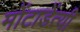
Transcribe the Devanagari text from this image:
मोंटाडेंत्यी